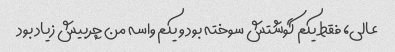
عالی، فقط یکم گوشتش سوخته بود و یکم واسه من چربیش زیاد بود